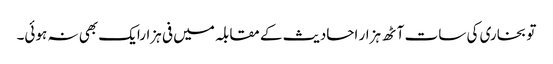
تو بخاری کی سات آٹھ ہزار احادیث کے مقابلہ میں فی ہزارایک بھی نہ ہوئی۔